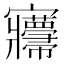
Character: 㝲